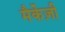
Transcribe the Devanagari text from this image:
मैर्केज़ी